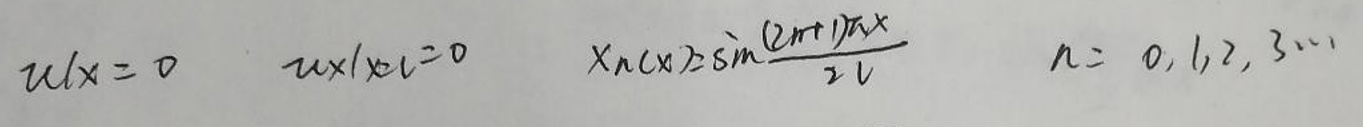
\[
u\vert_{x = 0} = 0, \quad u\vert_{x = L} = 0, \quad x_n(x)=\sin\frac{(2n + 1)\pi x}{2L}, \quad n = 0,1,2,3,\cdots
\]